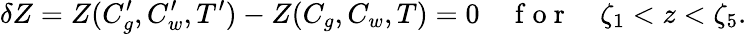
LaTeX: \delta Z=Z(C_{g}^{\prime},C_{w}^{\prime},T^{\prime})-Z(C_{g},C_{w},T)=0\quad\mathrm{~f~o~r~}\quad\zeta_{1}<z<\zeta_{5}.